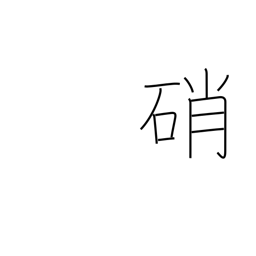
Meaning: saltpeter